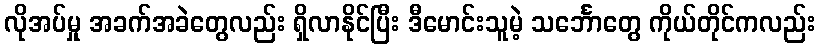
လိုအပ်မှု အခက်အခဲတွေလည်း ရှိလာနိုင်ပြီး ဒီမောင်းသူမဲ့ သင်္ဘောတွေ ကိုယ်တိုင်ကလည်း